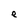
Character: e